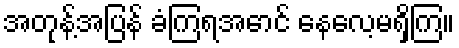
အတုန့်အပြန် ခံကြရအောင် နေလေ့မရှိကြ။